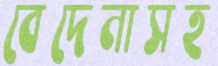
বেদেনাসহ